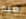
فيم